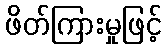
ဖိတ်ကြားမှုဖြင့်